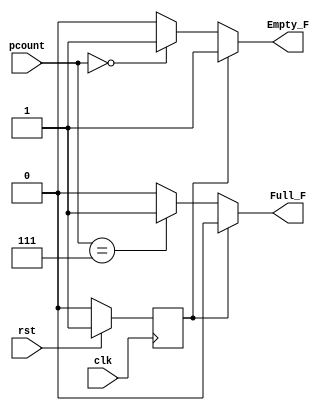
module flag_setter(clk, rst, pcount, Empty_F, Full_F);
input clk,rst;
parameter n = 3;
input wire [n-1:0] pcount;
output Empty_F, Full_F;
reg rst_flag;

//resetting block
always@(posedge clk)
begin
if(rst) rst_flag <= 1 ;
else rst_flag <= 0 ;
end

//concurrent assignment for flags

assign Empty_F = (rst_flag) ? 1 : ( pcount == 0 ) ? 1 : 0;
assign Full_F = (rst_flag) ? 0 : ( pcount == (2**n-1) ) ? 1 : 0;

endmodule

module flag_tb;
parameter n = 3;
reg [n-1:0] pcount;
reg clk,rst;
wire Empty_F, Full_F;

flag_setter FS1(clk, rst, pcount, Empty_F, Full_F);

initial begin
clk <=0;
rst <=0;
end

always begin
#5
clk <= ~ clk;
end

initial begin
#5
rst <= 1;
#20
rst <= 0;
pcount <= 0;
#10
pcount <= 3;
#10
pcount <= 7;
#10
pcount <= 0;

$monitor("%d %b %d %b %b",clk, rst, pcount, Empty_F, Full_F);
end

endmodule